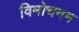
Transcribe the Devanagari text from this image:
विमोचनम